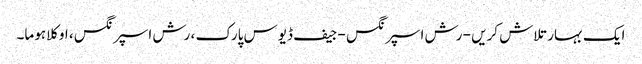
ایک بہار تلاش کریں - رش اسپرنگس - جیف ڈیوس پارک ، رش اسپرنگس ، اوکلاہوما۔